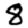
Digit: 8